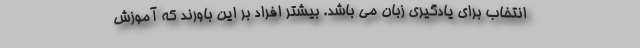
انتخاب برای یادگیری زبان می باشد. بیشتر افراد بر این باورند که آموزش